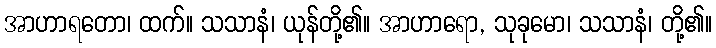
အာဟာရတော၊ ထက်။ သသာနံ၊ ယုန်တို့၏။ အာဟာရော, သုခုမော၊ သသာနံ၊ တို့၏။